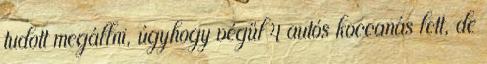
tudott megállni, úgyhogy végül 4 autós koccanás lett, de